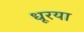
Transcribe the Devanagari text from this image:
धूरया